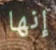
إنها